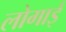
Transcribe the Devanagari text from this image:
लोगाई